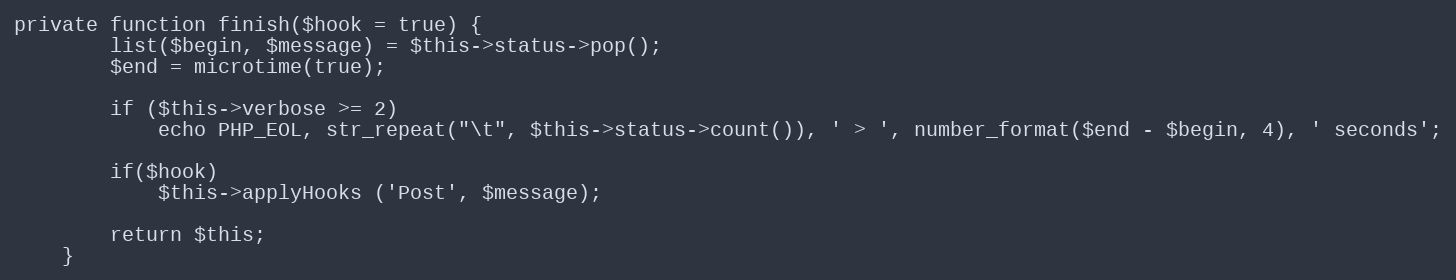
Language: PHP
private function finish($hook = true) {
		list($begin, $message) = $this->status->pop();
		$end = microtime(true);

		if ($this->verbose >= 2)
			echo PHP_EOL, str_repeat("\t", $this->status->count()), ' > ', number_format($end - $begin, 4), ' seconds';

		if($hook)
			$this->applyHooks ('Post', $message);

		return $this;
	}